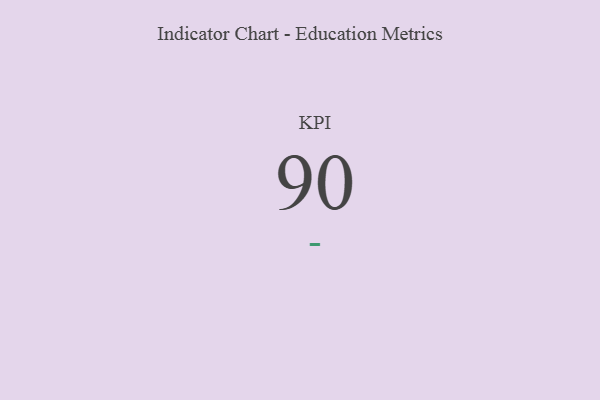
{"axis": {"x": "KPI", "y": "Value"}, "legend": [""], "data": [{"x": "KPI", "y": 90, "type": ""}]}